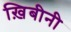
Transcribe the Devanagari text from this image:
ख़िबीनी